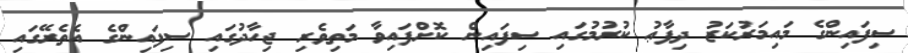
ސިފައިންގެ މައިމަރުކަޒު ދިފާޢު ކުރުމުގައި ސިފައިން ކޮށްފައިވާ މަތިވެރި ޖިހާދުގައި ސިފައިންގެ އެތެރޭގައި